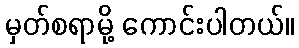
မှတ်စရာမို့ ကောင်းပါတယ်။